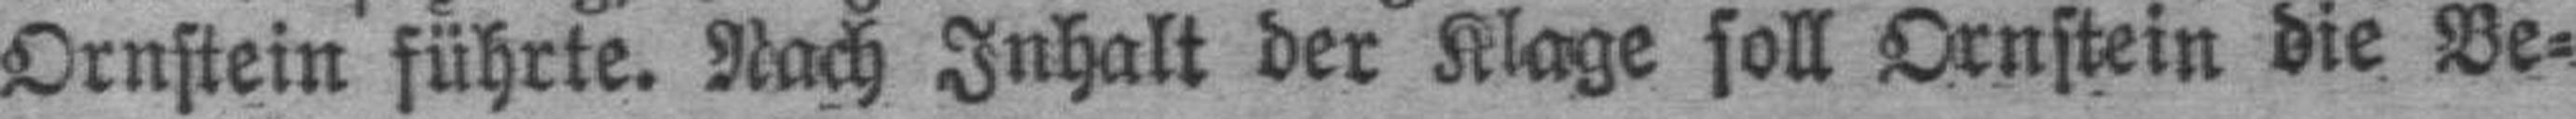
Ornstein führte. Nach Inhalt der Klage soll Ornstein die Be¬